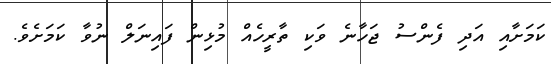
ކަމަށާއި އަދި ފެންސު ޖަހާނެ ވަކި ތާރީހެއް މުޅިން ފައިނަލް ނުވާ ކަމަށެވެ.